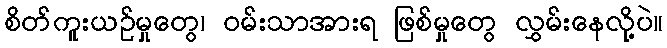
စိတ်ကူးယဉ်မှုတွေ၊ ဝမ်းသာအားရ ဖြစ်မှုတွေ လွှမ်းနေလို့ပဲ။